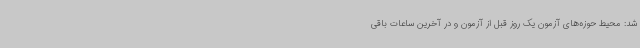
شد: محیط حوزه‌های آزمون یک روز قبل از آزمون و در آخرین ساعات باقی